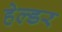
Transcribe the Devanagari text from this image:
हेल्डर